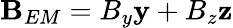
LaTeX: \mathbf{B}_{EM}=B_{y}\mathbf{y}+B_{z}\mathbf{z}